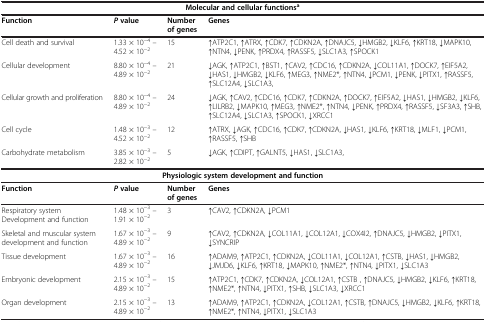
<table><thead><tr><td colspan="4"><b>Molecular and cellular functions<sup>a</sup></b></td></tr><tr><td><b>Function</b></td><td><b><i>P </i>value</b></td><td><b>Number of genes</b></td><td><b>Genes</b></td></tr></thead><tbody><tr><td>Cell death and survival</td><td>1.33 × 10<sup>−4</sup> – 4.52 × 10<sup>−2</sup></td><td>15</td><td>↑ATP2C1, ↑ATRX, ↑CDK7, ↑CDKN2A, ↑DNAJC5, ↓HMGB2, ↓KLF6, ↑KRT18, ↓MAPK10, ↑NTN4, ↓PENK, ↑PRDX4, ↑RASSF5, ↓SLC1A3, ↑SPOCK1</td></tr><tr><td>Cellular development</td><td>8.80 × 10<sup>−4</sup> – 4.89 × 10<sup>−2</sup></td><td>21</td><td>↓AGK, ↑ATP2C1, ↑BST1, ↑CAV2, ↑CDC16, ↑CDKN2A, ↓COL11A1, ↑DOCK7, ↑EIF5A2, ↓HAS1, ↓HMGB2, ↓KLF6, ↑MEG3, ↑NME2*, ↑NTN4, ↓PCM1, ↓PENK, ↓PITX1, ↑RASSF5, ↑SLC12A4, ↓SLC1A3,</td></tr><tr><td>Cellular growth and proliferation</td><td>8.80 × 10<sup>−4</sup> – 4.89 × 10<sup>−2</sup></td><td>24</td><td>↓AGK, ↑CAV2, ↑CDC16, ↑CDK7, ↑CDKN2A, ↑DOCK7, ↑EIF5A2, ↓HAS1, ↓HMGB2, ↓KLF6, ↑LILRB2, ↓MAPK10, ↑MEG3, ↑NME2*, ↑NTN4, ↓PENK, ↑PRDX4, ↑RASSF5, ↓SF3A3, ↑SHB, ↑SLC12A4, ↓SLC1A3, ↑SPOCK1, ↓XRCC1</td></tr><tr><td>Cell cycle</td><td>1.48 × 10<sup>−3</sup> – 4.52 × 10<sup>−2</sup></td><td>12</td><td>↑ATRX, ↓AGK, ↑CDC16, ↑CDK7, ↑CDKN2A, ↓HAS1, ↓KLF6, ↑KRT18, ↓MLF1, ↓PCM1, ↑RASSF5, ↑SHB</td></tr><tr><td>Carbohydrate metabolism</td><td>3.85 × 10<sup>−3</sup> – 2.82 × 10<sup>−2</sup></td><td>5</td><td>↓AGK, ↑CDIPT, ↑GALNT5, ↓HAS1, ↓SLC1A3,</td></tr><tr><td colspan="4"><b>Physiologic system development and function</b></td></tr><tr><td><b>Function</b></td><td><b><i>P </i></b><b>value</b></td><td><b>Number of genes</b></td><td><b>Genes</b></td></tr><tr><td>Respiratory system Development and function</td><td>1.48 × 10<sup>−3</sup> – 1.91 × 10<sup>−2</sup></td><td>3</td><td>↑CAV2, ↑CDKN2A, ↓PCM1</td></tr><tr><td>Skeletal and muscular system development and function</td><td>1.67 × 10<sup>−3</sup> – 4.89 × 10<sup>−2</sup></td><td>9</td><td>↑CAV2, ↑CDKN2A, ↓COL11A1, ↓COL12A1, ↓COX4I2, ↑DNAJC5, ↓HMGB2, ↓PITX1, ↓SYNCRIP</td></tr><tr><td>Tissue development</td><td>1.67 × 10<sup>−3</sup> – 4.89 × 10<sup>−2</sup></td><td>16</td><td>↑ADAM9, ↑ATP2C1, ↑CDKN2A, ↓COL11A1, ↓COL12A1, ↑CSTB, ↓HAS1, ↓HMGB2, ↓JMJD6, ↓KLF6, ↑KRT18, ↓MAPK10, ↑NME2*, ↑NTN4, ↓PITX1, ↓SLC1A3</td></tr><tr><td>Embryonic development</td><td>2.15 × 10<sup>−3</sup> – 4.89 × 10<sup>−2</sup></td><td>15</td><td>↑ATP2C1, ↑CDK7, ↑CDKN2A, ↓COL12A1, ↑CSTB , ↑DNAJC5, ↓HMGB2, ↓KLF6, ↑KRT18, ↑NME2*, ↑NTN4, ↓PITX1, ↑SHB, ↓SLC1A3, ↓XRCC1</td></tr><tr><td>Organ development</td><td>2.15 × 10<sup>−3</sup> – 4.89 × 10<sup>−2</sup></td><td>13</td><td>↑ADAM9, ↑ATP2C1, ↑CDKN2A, ↓COL12A1, ↑CSTB, ↑DNAJC5, ↓HMGB2, ↓KLF6, ↑KRT18, ↑NME2*, ↑NTN4, ↓PITX1, ↓SLC1A3</td></tr></tbody></table>